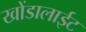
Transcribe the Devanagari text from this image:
खोंडालाईट